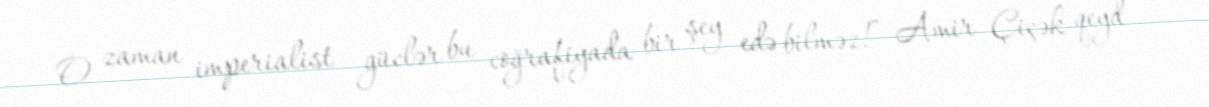
O zaman imperialist güclər bu coğrafiyada bir şey edə bilməz!” Amir Çiçək qeyd